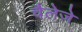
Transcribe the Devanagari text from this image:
चैलेज़े